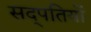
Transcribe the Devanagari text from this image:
सद्पतियों